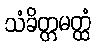
သံခိတ္တမတ္ထံ